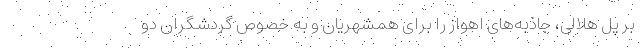
بر پل هلالی، جاذبه‌های اهواز را برای همشهریان و به خصوص گردشگران دو